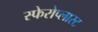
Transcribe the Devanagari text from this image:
स्फेरोप्लास्ट